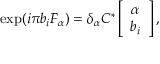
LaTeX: \exp ( i \pi b _ { i } F _ { \alpha } ) = { \delta } _ { \alpha } { \cal C } ^ { * } \left[ \begin{array} { c } { { { \alpha } } } \\ { { b _ { i } } } \end{array} \right] ,